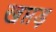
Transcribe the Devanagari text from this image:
खप्तड़